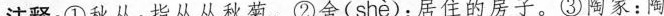
注释：①秋丛：指丛丛秋菊。②舍( shè )：居住的房子。③陶家：陶